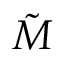
\tilde { M }